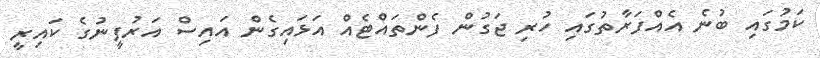
ކަމުގައި ބުނެ އެއްފަރާތުގައި ހުރި ޖަގުން ފެންތައްޓެއް އަޅައިގެން އައިސް އަރުފީނުގެ ކައިރީ